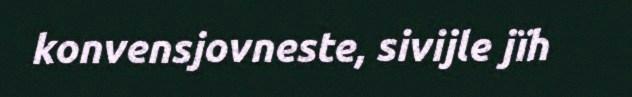
konvensjovneste, sivijle jïh